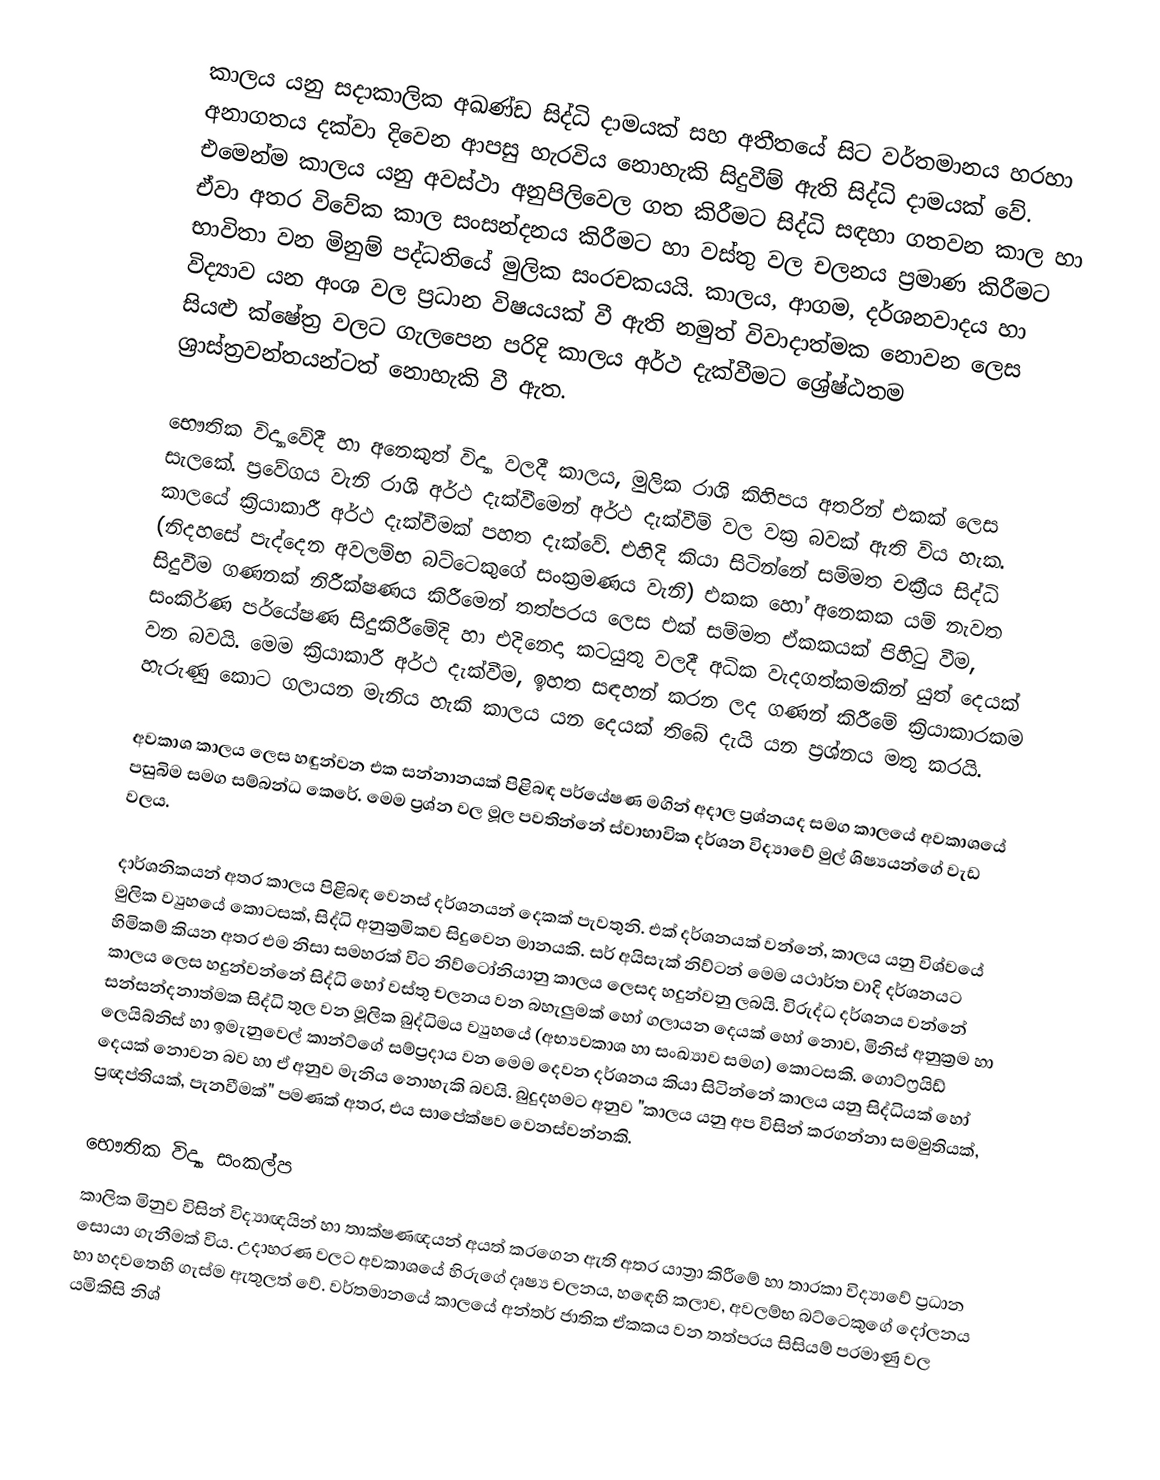
කාලය යනු සදාකාලික අඛණ්ඩ සිද්ධි දාමයක් සහ අතීතයේ සිට වර්තමානය හරහා අනාගතය දක්වා දිවෙන ආපසු හැරවිය නොහැකි සිදුවීම් ඇති සිද්ධි දාමයක් වේ. එමෙන්ම කාලය යනු අවස්ථා අනුපිලිවෙල ගත කිරීමට සිද්ධි සඳහා ගතවන කාල හා ඒවා අතර විවේක කාල සංසන්දනය කිරීමට හා වස්තු වල චලනය ප්‍රමාණ කිරීමට භාවිතා වන මිනුම් පද්ධතියේ මුලික සංරචකයයි. කාලය, ආගම, දර්ශනවාදය හා විද්‍යාව යන අංශ වල ප්‍රධාන විෂයයක් වී ඇති නමුත් විවාදාත්මක නොවන ලෙස සියළු ක්ෂේත්‍ර වලට ගැලපෙන පරිදි කාලය අර්ථ දැක්වීමට ශ්‍රේෂ්ඨතම ශ්‍රාස්ත්‍රවන්තයන්ටත් නොහැකි වී ඇත.

භෞතික විද්‍යාවේදී හා අනෙකුත් විද්‍යා වලදී කාලය, මුලික රාශි කිහිපය අතරින් එකක් ලෙස සැලකේ. ප්‍රවේගය වැනි රාශි අර්ථ දැක්වීමෙන් අර්ථ දැක්වීම් වල වක්‍ර බවක් ඇති විය හැක. කාලයේ ක්‍රියාකාරී අර්ථ දැක්වීමක් පහත දැක්වේ. එහිදි කියා සිටින්නේ සම්මත චක්‍රීය සිද්ධි (නිදහසේ පැද්දෙන අවලම්භ බට්ටෙකුගේ සංක්‍රමණය වැනි) එකක හෝ අනෙකක යම් නැවත සිදුවීම ගණනක් නිරීක්ෂණය කිරීමෙන් තත්පරය ලෙස එක් සම්මත ඒකකයක් පිහිටු වීම, සංකිර්ණ පර්යේෂණ සිදුකිරීමේදි හා එදිනෙදා‍ කටයුතු වලදී අධික වැදගත්කමකින් යුත් දෙයක් වන බවයි. මෙම ක්‍රියාකාරී අර්ථ දැක්වීම, ඉහත සඳහන් කරන ලද ගණන් කිරීමේ ක්‍රියාකාරකම හැරුණු කොට ගලායන මැනිය හැකි කාලය යන දෙයක් තිබේ දැයි යන ප්‍රශ්නය මතු කරයි.

අවකාශ කාලය ලෙස හඳුන්වන එක සන්නානයක් පිළිබඳ පර්යේෂණ මගින් අදාල ප්‍රශ්නයද සමග කාලයේ අවකාශයේ පසුබිම සමග සම්බන්ධ කෙරේ. මෙම ප්‍රශ්න වල මූල පවතින්නේ ස්වාභාවික දර්ශන විද්‍යාවේ මුල් ශිෂ්‍යයන්ගේ වැඩ වලය.

දාර්ශනිකයන් අතර කාලය පිළිබඳ වෙනස් දර්ශනයන් දෙකක් පැවතුනි. එක් දර්ශනයක් වන්නේ, කාලය යනු විශ්වයේ මුලික ව්‍යුහයේ කොටසක්, සිද්ධි අනුක්‍රමිකව සිදුවෙන මානයකි. සර් අයිසැක් නිව්ටන් මෙම යථාර්ත වාදි දර්ශනයට හිමිකම් කියන අතර එම නිසා සමහරක් විට නිව්ටෝනියානු කාලය ලෙසද හදුන්වනු ලබයි. විරුද්ධ දර්ශනය වන්නේ කාලය ලෙස හදුන්වන්නේ සිද්ධි හෝ වස්තු චලනය වන බහැලුමක් හෝ ගලායන දෙයක් හෝ නොව, මිනිස් අනුක්‍රම හා සන්සන්දනාත්මක සිද්ධි තුල වන මූලික බුද්ධිමය ව්‍යුහයේ (අභ්‍යවකාශ හා සංඛ්‍යාව සමග) කොටසකි. ගොට්ෆ්‍රයිඩ් ලෙයිබ්නිස් හා ඉමැනුවෙල් කාන්ට්ගේ සම්ප්‍රදාය වන මෙම දෙවන දර්ශනය කියා සිටින්නේ කාලය යනු සිද්ධියක් හෝ දෙයක් නොවන බව හා ඒ අනුව මැනිය නොහැකි බවයි. බුදුදහමට අනුව "කාලය යනු අප විසින් කරගන්නා සමමුතියක්, ප්‍රඥප්තියක්, පැනවීමක්" පමණක් අතර, එය සාපේක්ෂව වෙනස්වන්නකි.

භෞතික විද්‍යා සංකල්ප
කාලික මිනුව විසින් විද්‍යාඥයින් හා තාක්ෂණඥයන් අයත් කරගෙන ඇති අතර යාත්‍රා කිරීමේ හා තාරකා විද්‍යාවේ ප්‍රධාන සොයා ගැනීමක් විය. උදාහරණ වලට අවකාශයේ හිරුගේ දෘෂ්‍ය චලනය, හ‍ඳෙහි කලාව, අවලම්භ බට්ටෙකුගේ දෝලනය හා හදවතෙහි ගැස්ම ඇතුලත් වේ. වර්තමානයේ කාලයේ අන්තර් ජාතික ඒකකය වන තත්පරය සිසියම් පරමාණු වල යමිකිසි නිශ්